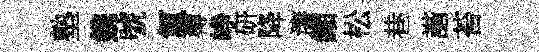
塾鎸號氲樽峥研降瀋緗松巷諧苔